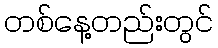
တစ်နေ့တည်းတွင်